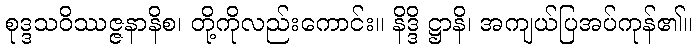
စုဒ္ဒသဝိဿဇ္ဇနာနိစ၊ တို့ကိုလည်းကောင်း။ နိဒ္ဒိ ဋ္ဌာနိ၊ အကျယ်ပြအပ်ကုန်၏။